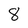
Character: 8